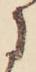
に